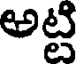
అట్టి